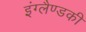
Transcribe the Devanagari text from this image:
इंग्लैण्डकी